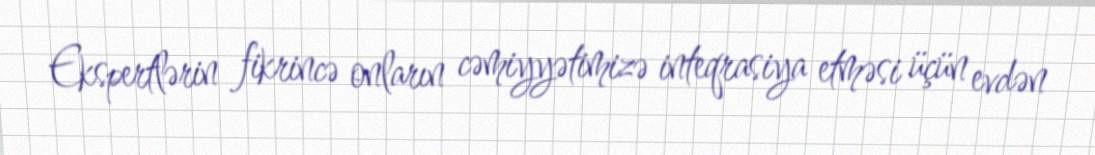
Ekspertlərin fikrincə onların cəmiyyətimizə inteqrasiya etməsi üçün evdən